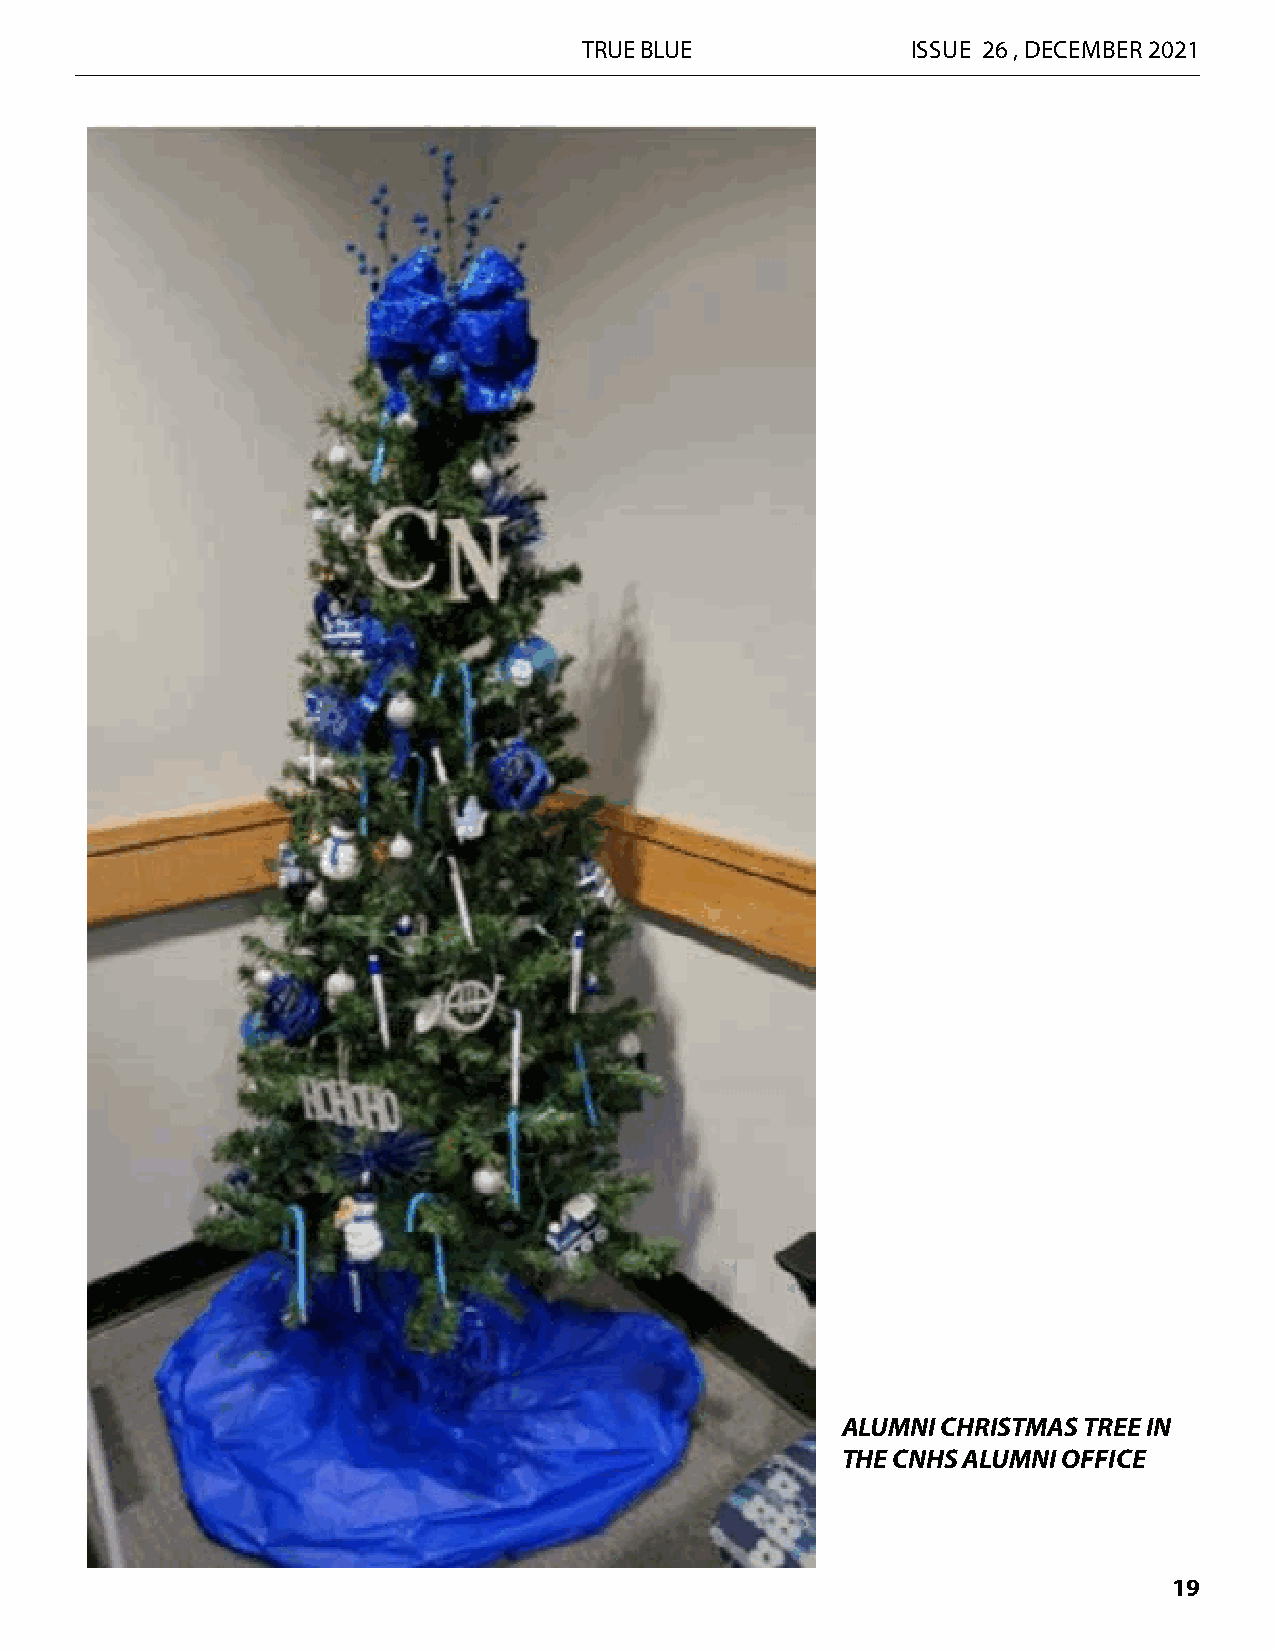
TRUE BLUE            ISSUE 26 , DECEMBER 2021
 ALUMNI CHRISTMAS TREE IN
 THE CNHS ALUMNI OFFICE
 19